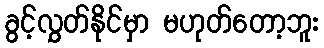
ခွင့်လွှတ်နိုင်မှာ မဟုတ်တော့ဘူး